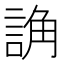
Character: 𧨖